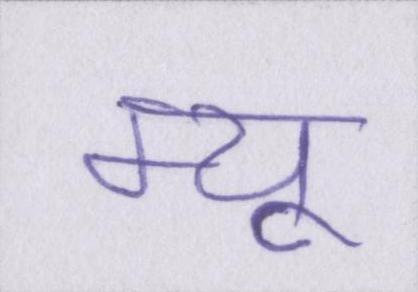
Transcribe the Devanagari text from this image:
म्यू